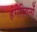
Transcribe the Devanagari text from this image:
हंगेरियनों